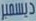
ديسمبر